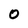
Character: 0